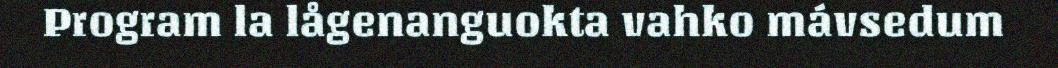
Program la lågenanguokta vahko mávsedum